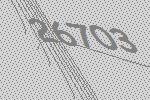
26703